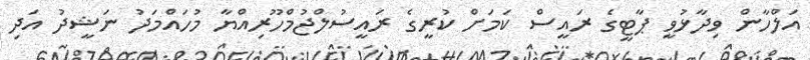
އަލްހާން ވިދާޅުވީ ޕާޓީގެ ރައީސް ކަމަށް ކުރީގެ ރައީސުލްޖުމްހޫރިއްޔާ މުހައްމަދު ނަޝީދު އަދި